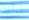
ذلك